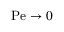
\mathrm { P e } \rightarrow 0